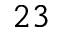
^ { 2 3 }